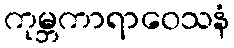
ကုမ္ဘကာရာဝေသနံ